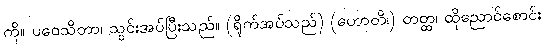
ကို။ ပဝေသိတာ၊ သွင်းအပ်ပြီးသည်။ (ရိုက်အပ်သည်) (ဟောတိ၊) တတ္ထ၊ ထိုညောင်စောင်း